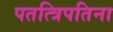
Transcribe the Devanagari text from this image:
पतत्त्रिपतिना